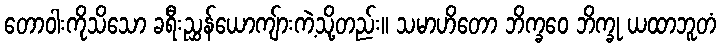
တောဝါးကိုသိသော ခရီးညွှန်ယောကျ်ားကဲ့သို့တည်း။ သမာဟိတော ဘိက္ခဝေ ဘိက္ခု ယထာဘူတံ